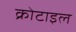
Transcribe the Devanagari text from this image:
क्रोटाइल